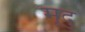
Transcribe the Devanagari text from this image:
मूदु